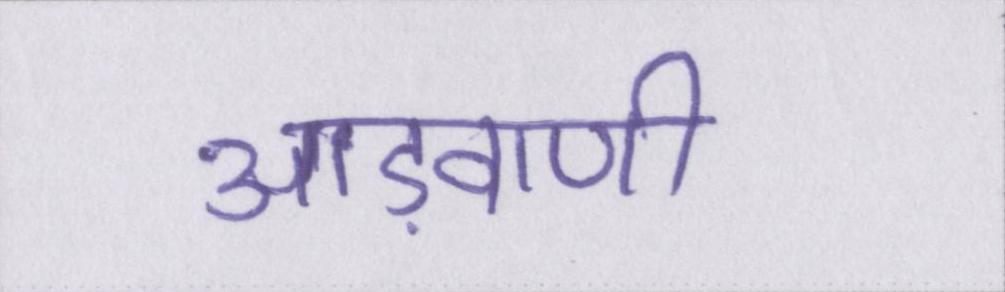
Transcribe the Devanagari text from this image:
आड़वाणी